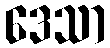
ဒေသာ